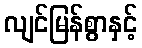
လျင်မြန်စွာနှင့်